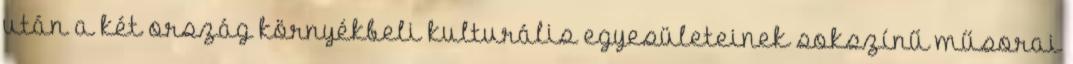
után a két ország környékbeli kulturális egyesületeinek sokszínű műsorai